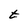
Character: t